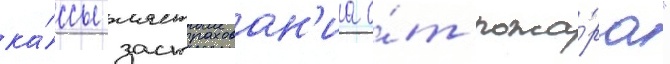
ка́ссы застрахован'иа о́т пожа́ра"